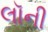
લૉની